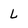
Character: L